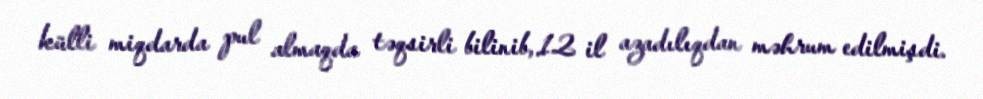
külli miqdarda pul almaqda təqsirli bilinib, 12 il azadılıqdan məhrum edilmişdi.